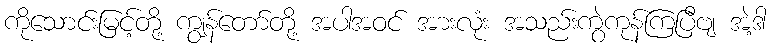
ကိုသောင်းမြင့်တို့ ကျွန်တော်တို့ အပါအဝင် အားလုံး အသည်းကွဲကုန်ကြပြီဗျ အဲ့ဒါ